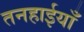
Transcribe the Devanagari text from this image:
तनहाईयाँ